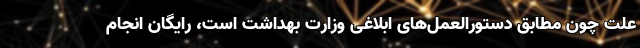
علت چون مطابق دستورالعمل‌های ابلاغی وزارت بهداشت است، رایگان انجام